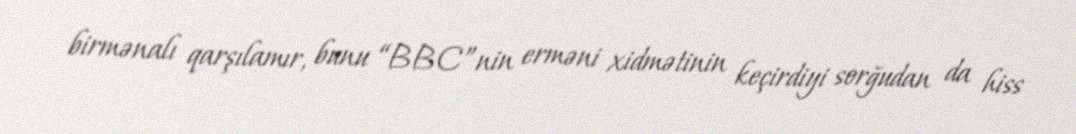
birmənalı qarşılamır, bunu “BBC”nin erməni xidmətinin keçirdiyi sorğudan da hiss